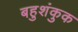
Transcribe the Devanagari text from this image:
बहुशंकुक